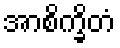
အာစိက္ခိတံ